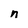
Character: n